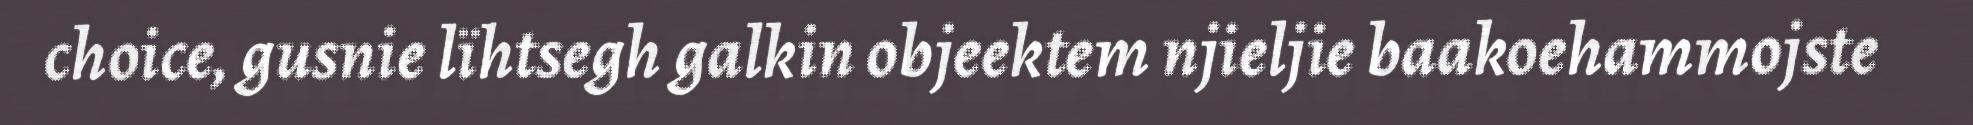
choice, gusnie lïhtsegh galkin objeektem njieljie baakoehammojste